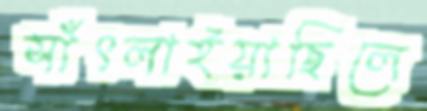
সাঁৎলাইয়াছিলে